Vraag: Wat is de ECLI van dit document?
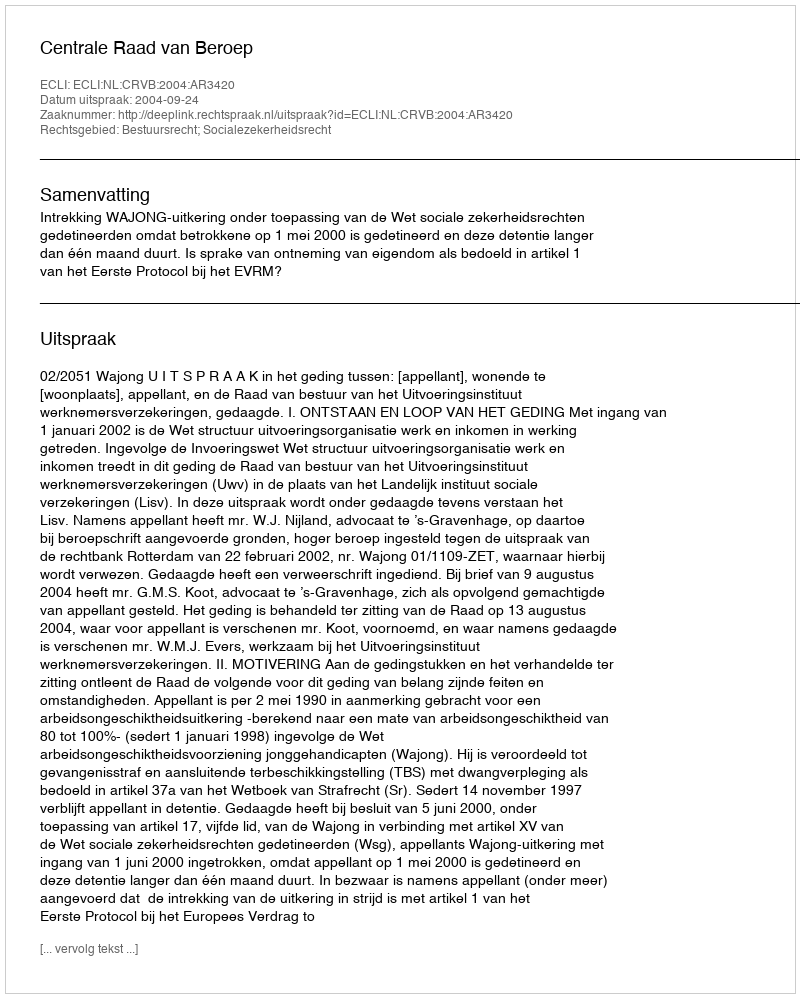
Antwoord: ECLI:NL:CRVB:2004:AR3420